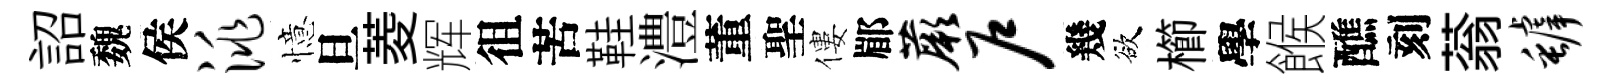
詔魏侯洮憶旦菱辉徂苦鞋澧董聖僂郿蕨户幾欲櫛學餱醮刻蓊罅